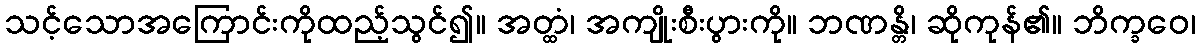
သင့်သောအကြောင်းကိုထည့်သွင်၍။ အတ္ထံ၊ အကျိုးစီးပွားကို။ ဘဏန္တိ၊ ဆိုကုန်၏။ ဘိက္ခဝေ၊